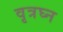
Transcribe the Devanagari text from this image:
वृत्रघ्न